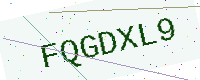
Text: FQGDXL9